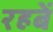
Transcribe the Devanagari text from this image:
रहबें